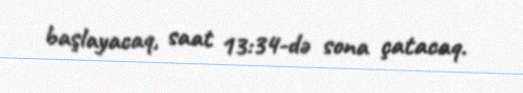
başlayacaq, saat 13:34-də sona çatacaq.